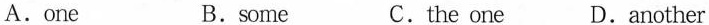
A.one B.some C.the one D.another